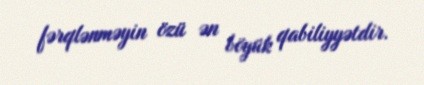
fərqlənməyin özü ən böyük qabiliyyətdir.